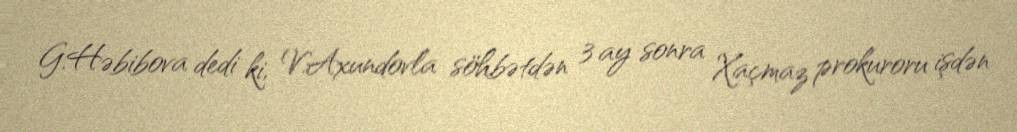
G.Həbibova dedi ki, V.Axundovla söhbətdən 3 ay sonra Xaçmaz prokuroru işdən